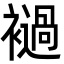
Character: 䙤